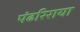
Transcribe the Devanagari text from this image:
पंढरिराया